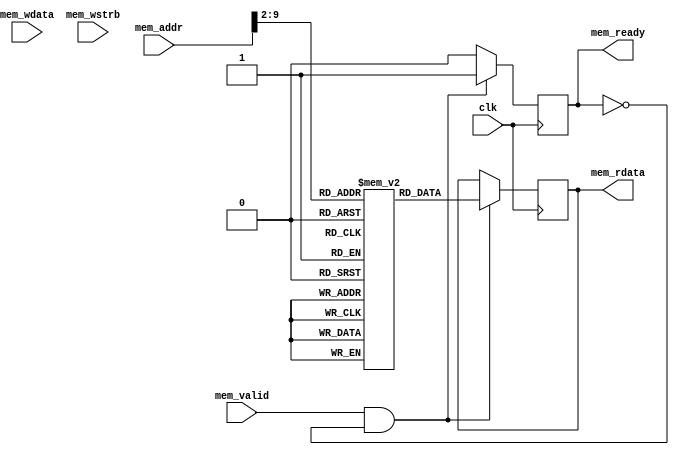
/* AUTOGENERATED see generate_rom.py */
module rom (
    input clk,
                          
    input mem_valid,
    output reg mem_ready,
    input [31:0] mem_addr,                   
    output reg [31:0] mem_rdata,                   
    input [31:0] mem_wdata,
    input [3:0] mem_wstrb 
);
    localparam DEPTH = 8;
    localparam WORDS = 1 << DEPTH;

    reg [31:0] rom [0:WORDS-1];

    integer i;
    initial begin
        for(i = 0; i < WORDS; i = i + 1) rom[i] <= 32'h00000000;
        rom[0] <= 32'h0080006f;
        rom[1] <= 32'h01c0006f;
        rom[2] <= 32'h00000093;
        rom[3] <= 32'h40000113;
        rom[4] <= 32'h340110f3;
        rom[5] <= 32'h00000073;
        rom[6] <= 32'h0a4000ef;
        rom[7] <= 32'h0000006f;
        rom[8] <= 32'h340090f3;
        rom[9] <= 32'h341090f3;
        rom[10] <= 32'h00408093;
        rom[11] <= 32'h341090f3;
        rom[12] <= 32'h340090f3;
        rom[13] <= 32'h30200073;
        rom[14] <= 32'hfe010113;
        rom[15] <= 32'h00812e23;
        rom[16] <= 32'h02010413;
        rom[17] <= 32'h00050793;
        rom[18] <= 32'hfef407a3;
        rom[19] <= 32'h020007b7;
        rom[20] <= 32'h00878793;
        rom[21] <= 32'hfef44703;
        rom[22] <= 32'h00e7a023;
        rom[23] <= 32'h00000013;
        rom[24] <= 32'h01c12403;
        rom[25] <= 32'h02010113;
        rom[26] <= 32'h00008067;
        rom[27] <= 32'hfe010113;
        rom[28] <= 32'h00112e23;
        rom[29] <= 32'h00812c23;
        rom[30] <= 32'h02010413;
        rom[31] <= 32'hfea42623;
        rom[32] <= 32'h01c0006f;
        rom[33] <= 32'hfec42783;
        rom[34] <= 32'h00178713;
        rom[35] <= 32'hfee42623;
        rom[36] <= 32'h0007c783;
        rom[37] <= 32'h00078513;
        rom[38] <= 32'hfa1ff0ef;
        rom[39] <= 32'hfec42783;
        rom[40] <= 32'h0007c783;
        rom[41] <= 32'hfe0790e3;
        rom[42] <= 32'h00000013;
        rom[43] <= 32'h01c12083;
        rom[44] <= 32'h01812403;
        rom[45] <= 32'h02010113;
        rom[46] <= 32'h00008067;
        rom[47] <= 32'hfe010113;
        rom[48] <= 32'h00112e23;
        rom[49] <= 32'h00812c23;
        rom[50] <= 32'h02010413;
        rom[51] <= 32'h00000793;
        rom[52] <= 32'hfef42623;
        rom[53] <= 32'h0140006f;
        rom[54] <= 32'hfec42783;
        rom[55] <= 32'h00478713;
        rom[56] <= 32'hfee42623;
        rom[57] <= 32'h0007a023;
        rom[58] <= 32'hfec42703;
        rom[59] <= 32'h00000793;
        rom[60] <= 32'hfef764e3;
        rom[61] <= 32'hfe042423;
        rom[62] <= 32'h020007b7;
        rom[63] <= 32'h00478793;
        rom[64] <= 32'h01400713;
        rom[65] <= 32'h00e7a023;
        rom[66] <= 32'h030007b7;
        rom[67] <= 32'h00478793;
        rom[68] <= 32'h00100713;
        rom[69] <= 32'h00e7a023;
        rom[70] <= 32'h000507b7;
        rom[71] <= 32'h14c78513;
        rom[72] <= 32'hf4dff0ef;
        rom[73] <= 32'h0ff0000f;
        rom[74] <= 32'hfe842783;
        rom[75] <= 32'h0107d713;
        rom[76] <= 32'h030007b7;
        rom[77] <= 32'h00177713;
        rom[78] <= 32'h00e7a023;
        rom[79] <= 32'hfe842783;
        rom[80] <= 32'h00178793;
        rom[81] <= 32'hfef42423;
        rom[82] <= 32'hfe1ff06f;
        rom[83] <= 32'h6c6c6548;
        rom[84] <= 32'h57202c6f;
        rom[85] <= 32'h646c726f;
        rom[86] <= 32'h00000a21;
    end

    wire [DEPTH-1:0] addr = mem_addr[DEPTH-1+2:2];

    always @(posedge clk) begin
        mem_ready <= 0;
        if(mem_valid && !mem_ready) begin
            mem_ready <= 1;
            mem_rdata <= rom[addr];
        end
    end
endmodule